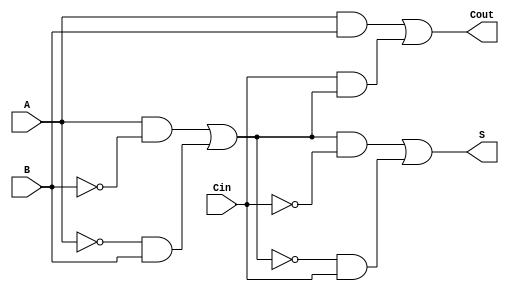
module TransmissionGateFullAdder (
    input wire A,      // First input bit
    input wire B,      // Second input bit
    input wire Cin,    // Carry-in bit
    output wire S,     // Sum output
    output wire Cout   // Carry-out output
);

    wire AB;           // Intermediate signal for A AND B
    wire A_XOR_B;     // Intermediate signal for A XOR B
    wire Cin_XOR_AB;  // Intermediate signal for Cin XOR (A XOR B)

    // Transmission Gate for A XOR B
    assign A_XOR_B = (A & ~B) | (~A & B);

    // Transmission Gate for Sum S = A XOR B XOR Cin
    assign S = (A_XOR_B & ~Cin) | (~A_XOR_B & Cin);

    // Carry-out calculation
    assign AB = A & B; // A AND B
    assign Cout = AB | (Cin & A_XOR_B); // Cout = (A AND B) OR (Cin AND (A XOR B))

endmodule